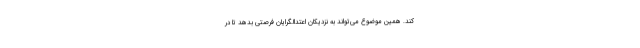
کند. همین موضوع می‌تواند به نزدیکان اعتدالگرایان فرصتی بدهد تا در